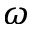
\omega